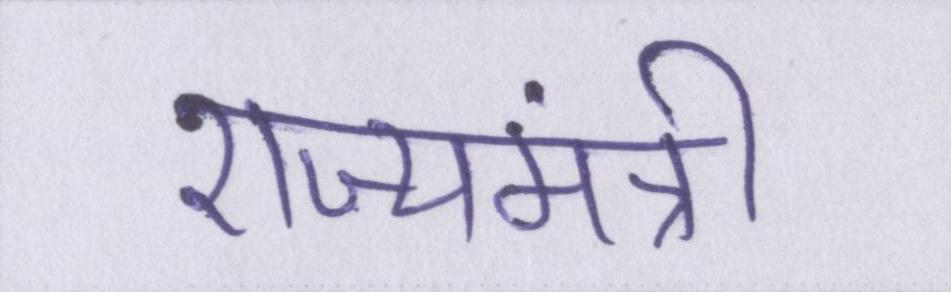
राज्यमंत्री